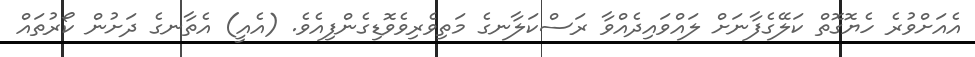
އެއަށްވުރެ ހެޔޮގޮތް ކަލޭގެފާނަށް ލައްވައިދެއްވާ ރަސްކަލާނގެ މަތިވެރިވެވޮޑިގެންފިއެވެ. (އެއީ) އެތާނގެ ދަށުން ކޯރުތައް